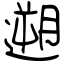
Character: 遡